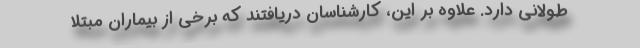
طولانی دارد. علاوه بر این، کارشناسان دریافتند که برخی از بیماران مبتلا